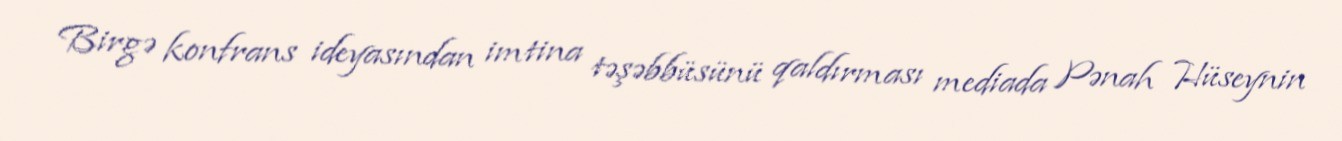
Birgə konfrans ideyasından imtina təşəbbüsünü qaldırması mediada Pənah Hüseynin